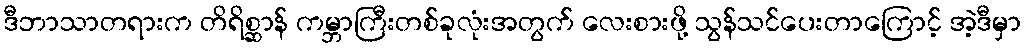
ဒီဘာသာတရားက တိရိစ္ဆာန် ကမ္ဘာကြီးတစ်ခုလုံးအတွက် လေးစားဖို့ သွန်သင်ပေးတာကြောင့် အဲ့ဒီမှာ